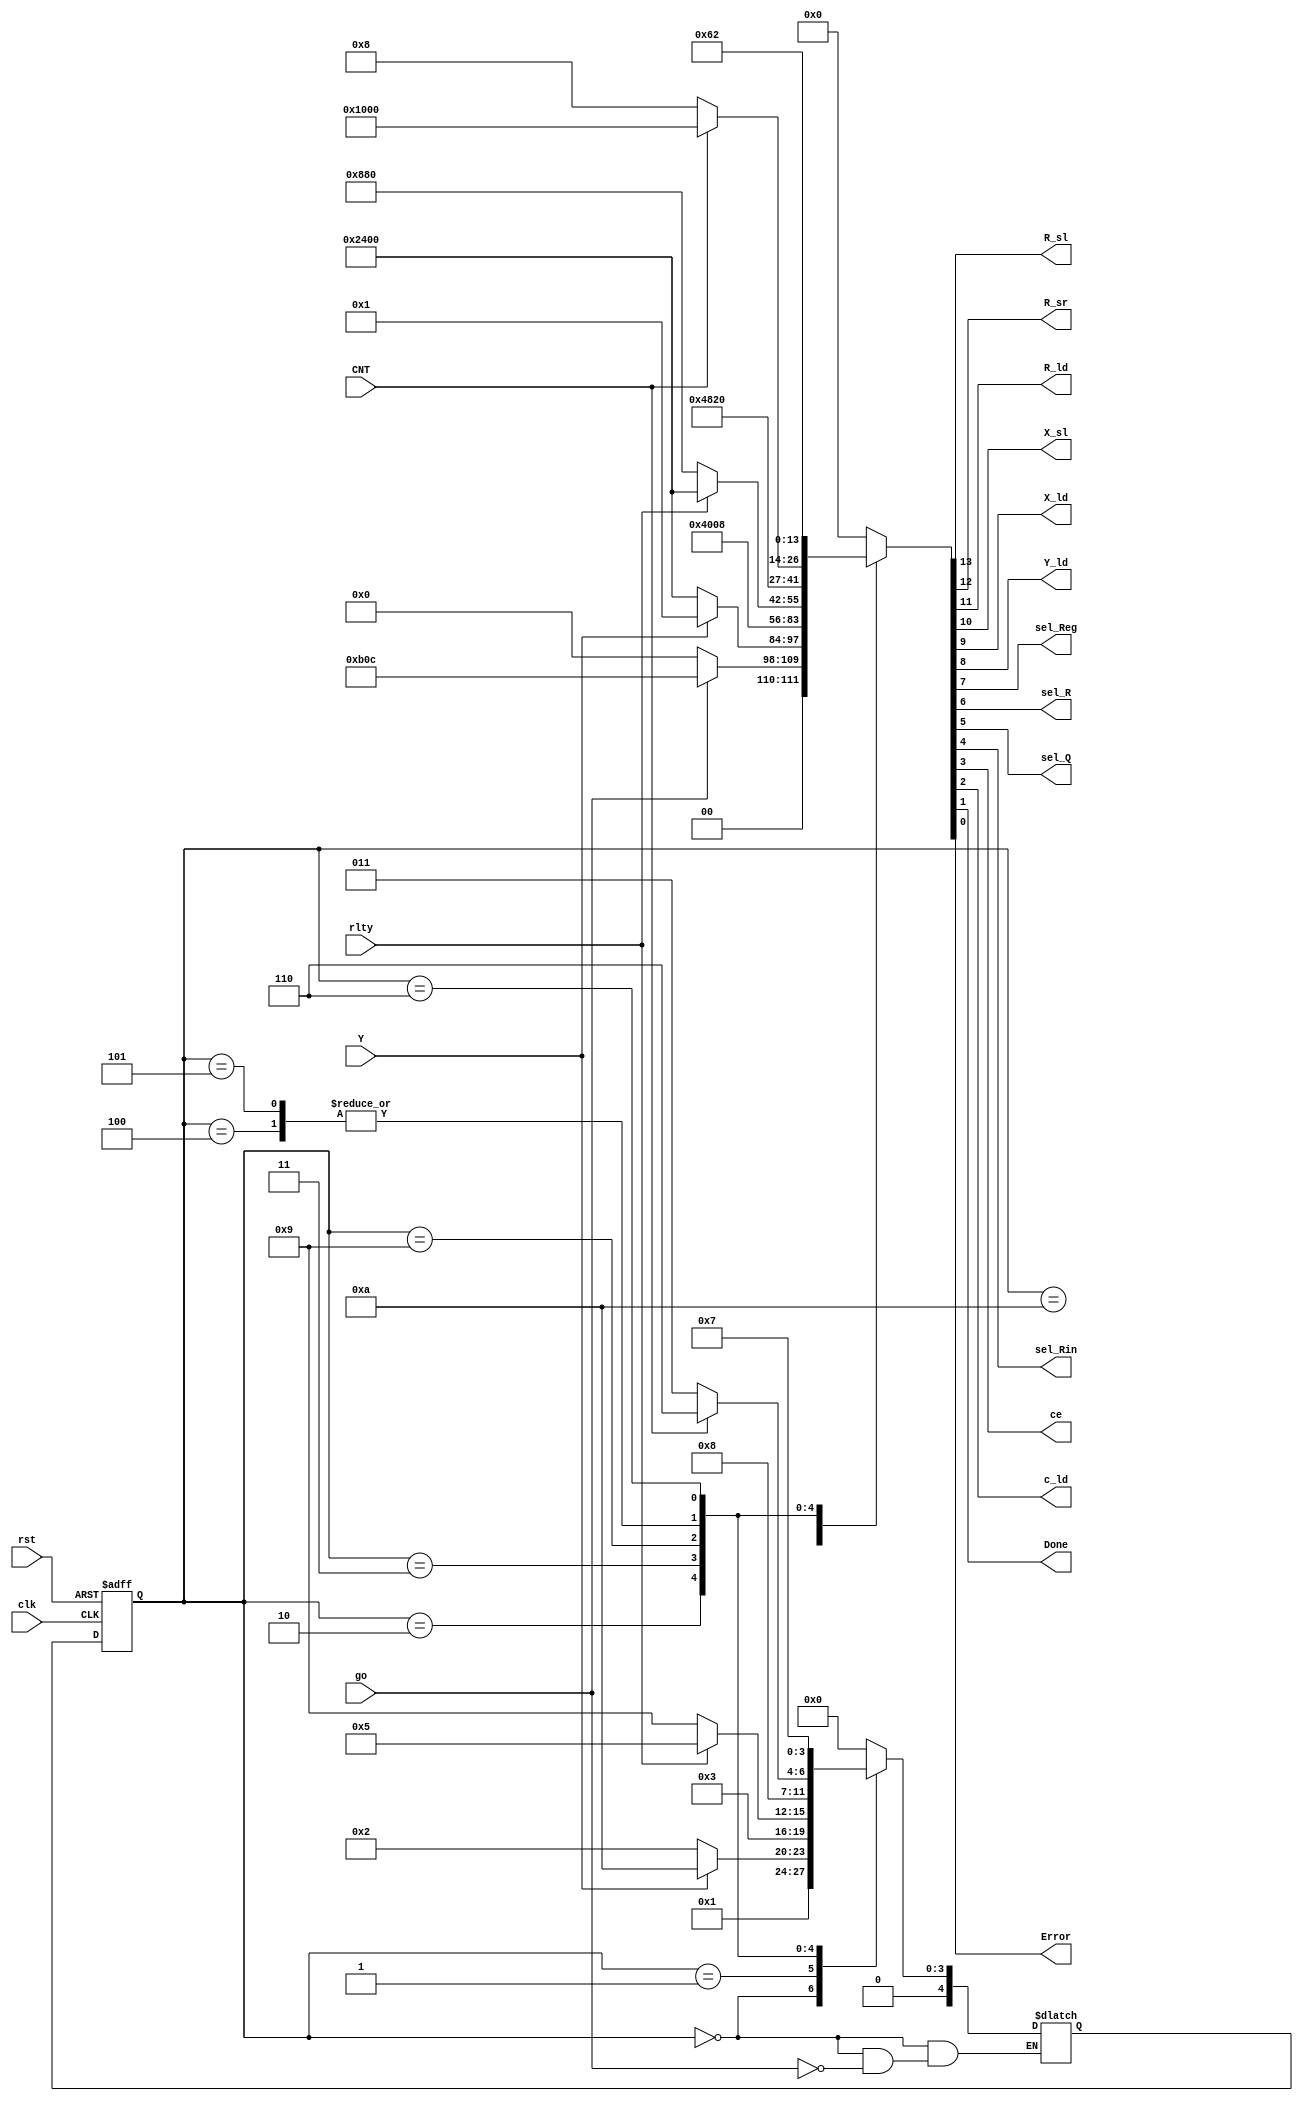
`timescale 1ns / 1ps

module cu( input clk, go, rst, rlty, CNT, Y,
           output reg   R_sl, R_sr, R_ld, 
           output reg   X_sl, X_ld, 
                        Y_ld, 
           output reg   sel_Reg, sel_R, sel_Q,
           output reg sel_Rin, ce, c_ld,
           output reg Done, Error           );
            
reg [4:0] cs, ns;
reg [13:0] nsOutput;
// { R_sl, R_sr, R_ld, X_sl, X_ld, Y_ld, sel_Reg, sel_R, sel_Q, sel_Rin, ce, c_ld, Done, Error}

parameter idle      = 14'b00000000000000;
parameter load      = 14'b00101100001100;
parameter shiftl0   = 14'b10010000000000;
parameter shiftl1   = 14'b10010000010000;
parameter dec       = 14'b00000000001000;
parameter sub       = 14'b00100010001000;
parameter shiftr0   = 14'b01000000000000;
parameter out       = 14'b00000001100010;
parameter error     = 14'b00000000000001;
parameter s3idle    = 14'b00100010000000;



always @(posedge clk, posedge rst) //sets cs to ns
begin//always
    if(rst) 
    begin//if
    cs <= 0;
    end//if
    else
    cs <= ns;
end//always

always @(cs,rst) //sets output values
begin//always
    if(rst) {R_sl, R_sr, R_ld, X_sl, X_ld, Y_ld, sel_Reg, sel_R, sel_Q, sel_Rin, ce, c_ld, Done, Error} = idle;
    case(cs)
            0://idle case
            begin
                nsOutput = idle;
            if (go) nsOutput = load;
            end
            
            1://load
            begin
            if(Y)
            begin
                {R_sl, R_sr, R_ld, X_sl, X_ld, Y_ld, sel_Reg, sel_R, sel_Q, sel_Rin, ce, c_ld, Done, Error} = error; //mealy output for error
                nsOutput = error;
            end
            else nsOutput = shiftl0;
            end
            
            //wait state for error
            10: nsOutput = error;
            
            2://shift 0 left
                nsOutput = dec;
            
            3://dec
            begin
            if(rlty) nsOutput =  shiftl0;
            else
            begin
                {R_sl, R_sr, R_ld, X_sl, X_ld, Y_ld, sel_Reg, sel_R, sel_Q, sel_Rin, ce, c_ld, Done, Error} = sub;
                nsOutput = s3idle;
            end
            end        
            
            9: nsOutput = shiftl1;
            
            4://shift 1 left
            begin
            if(CNT) nsOutput =  shiftr0;
            else nsOutput = dec;
            end
            
            5://shift 0 left
            begin
            if(CNT) nsOutput =  shiftr0;
            else nsOutput = dec;
            end
            
            6://shift 0 right
            nsOutput = out;
                  
            
            7://out case
            nsOutput = idle;
           
            default://default case, resets state to idle by default
            nsOutput = idle;
        endcase
        {R_sl, R_sr, R_ld, X_sl, X_ld, Y_ld, sel_Reg, sel_R, sel_Q, sel_Rin, ce, c_ld, Done, Error} = nsOutput;
end//always
    
always @(*)//calculates next state & next state output values
begin//always
    case(cs)
        0://idle case
        if (go) ns = 1;
        
        1://load
        begin
        if(Y) ns = 10;
        else ns = 2;
        end
        
        //wait state for error
        10: ns = 0;
        
        2://shift 0 left
        ns = 3;
        
        3://dec
        begin
            if(rlty) ns = 5;
            else ns = 9;
        end        
        
        9: ns = 4;
        
        4://shift 1 left
        begin
        if(CNT) ns = 6;
        else ns = 3;
        end
        
        5://shift 0 left
        begin
        if(CNT) ns = 6;
        else ns = 3;
        end
        
        6://shift 0 right
        ns = 7;     
        
        7://out case
        ns = 0;  
        
        default://default case, resets state to idle by default
        ns = 0;
        
    endcase
end //always
endmodule